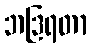
ဘဒြရတာ